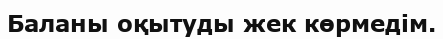
Баланы оқытуды жек көрмедім.